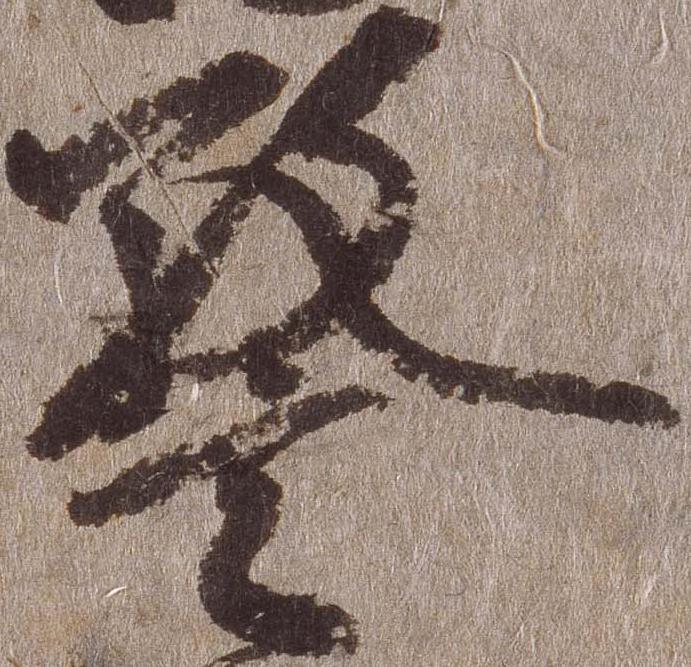
警